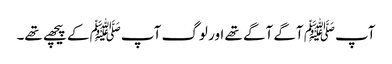
آپﷺ آگے آگے تھے اور لوگ آپﷺ کے پیچھے تھے۔